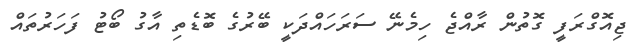
ޖިއޮގްރަފީ ގޮތުން ރާއްޖެ ހިމެނޭ ސަރަހައްދަކީ ބޭރުގެ ބޮޑެތި އާގު ބޯޓު ފަހަރުތައް